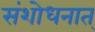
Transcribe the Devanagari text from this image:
संशोधनात्